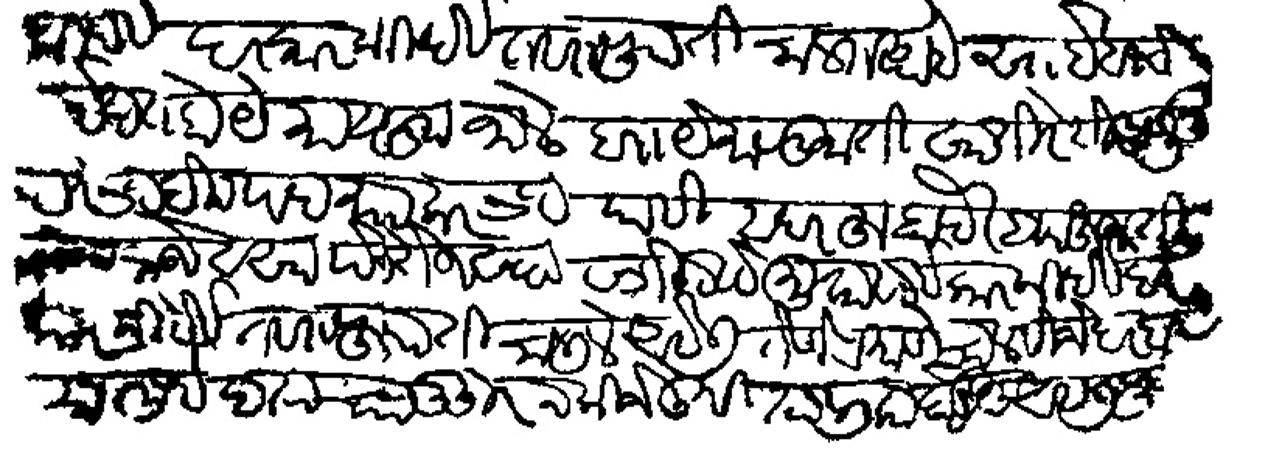
Transliteration (Devanagari): ई हात होये माफक झाले बा ये मारुफाती खातिरेसी आणून दतंभट बिन पदमाकरभट याही सदरहू वाबे वा हुजती राजे व सा पेरोजखान मुकासाई कारकीर्दी व दर कारकीर्दी तसरुपाती चलिले असेल तेणे प्रमाणे चालवीजे दरवार खुर्द खताचा हुजूर न किजे तुम्ही तालिक घेऊन असली फाटले